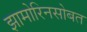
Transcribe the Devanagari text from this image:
झामोरिनसोबत